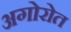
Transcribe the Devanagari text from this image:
अगोरोत